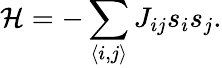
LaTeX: {\cal H}=-\sum_{\langle i,j\rangle}J_{ij}s_{i}s_{j}.